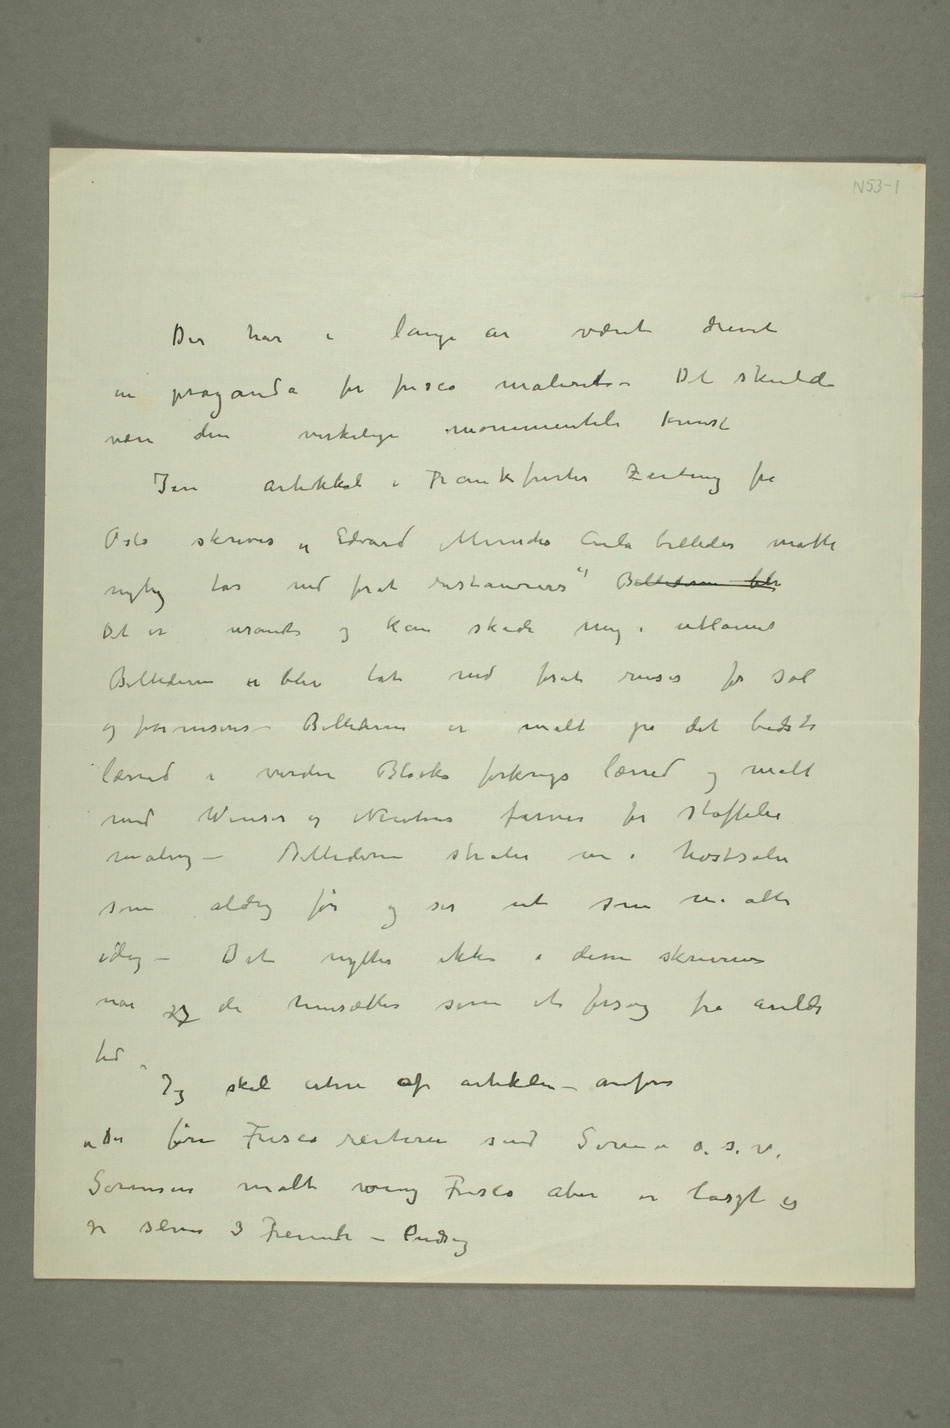
Der har i lange år været drevet
en proganda for fresco maleriet – Det skulde
være den virkelige monumentale kunst
I en artikkel i Frankfurter Zeitung fra
Oslo skrives «Edvard Munchs Aula billeder måtte
nylig tas ned forat restaureres» Billederne ble
Det er usandt og kan skade mig i utlannet
Billederne er blev tat ned forat renses for sot
og ferniseres – Billederne er malt på det bedste
lærred i verden Blocks førkrigs lærred og malt
med Winsor og Newtons farver for staffeli
maling – Billederne stråler nu i høstsolen
som aldrig før og ser ut som malte
idag – Det nytter ikke i disse skriverier når
jeg de hensættes som et forsøg fra arilds
tid.
Jeg  skal citere af artikkelen – ovenfor
Sørensen malt wenig Fresco aber er lasst es